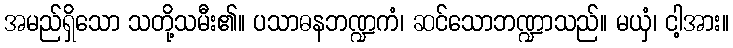
အမည်ရှိသော သတို့သမီး၏။ ပသာဓနဘဏ္ဍကံ၊ ဆင်သောဘဏ္ဍာသည်။ မယှံ၊ ငါ့အား။